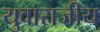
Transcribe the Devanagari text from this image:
युवाराजीय